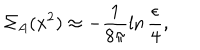
\Sigma _ { A } ( x ^ { 2 } ) \approx - \frac { 1 } { 8 \pi } \ln \frac { \epsilon } { 4 } ,